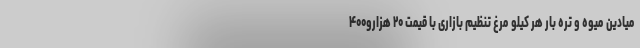
میادین میوه و تره بار هر کیلو مرغ تنظیم بازاری با قیمت ۲۰ هزارو۴۰۰